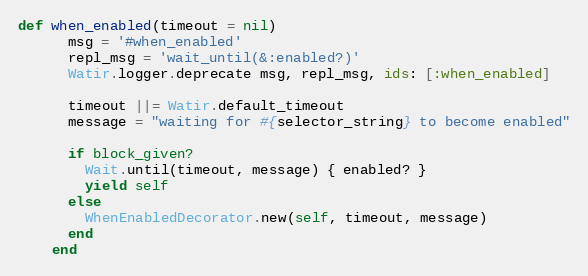
Language: Ruby
def when_enabled(timeout = nil)
      msg = '#when_enabled'
      repl_msg = 'wait_until(&:enabled?)'
      Watir.logger.deprecate msg, repl_msg, ids: [:when_enabled]

      timeout ||= Watir.default_timeout
      message = "waiting for #{selector_string} to become enabled"

      if block_given?
        Wait.until(timeout, message) { enabled? }
        yield self
      else
        WhenEnabledDecorator.new(self, timeout, message)
      end
    end